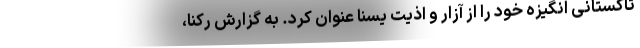
تاکستانی انگیزه خود را از آزار و اذیت یسنا عنوان کرد. به گزارش رکنا،